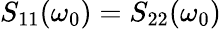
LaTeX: S_{11}(\omega_{0})=S_{22}(\omega_{0})